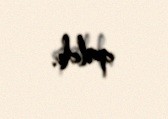
qaldı.